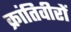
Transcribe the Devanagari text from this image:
क्रांतिवीरों